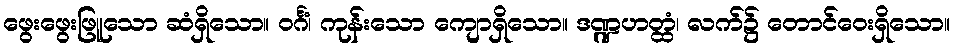
ဖွေးဖွေးဖြူသော ဆံရှိသော။ ဝင်္ဂံ၊ ကုန်းသော ကျောရှိသော။ ဒဏ္ဍဟတ္ထံ၊ လက်၌ တောင်ဝေးရှိသော။